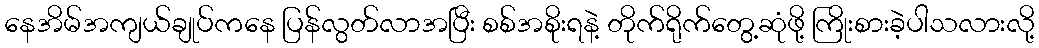
နေအိမ်အကျယ်ချုပ်ကနေ ပြန်လွတ်လာအပြီး စစ်အစိုးရနဲ့ တိုက်ရိုက်တွေ့ဆုံဖို့ ကြိုးစားခဲ့ပါသလားလို့